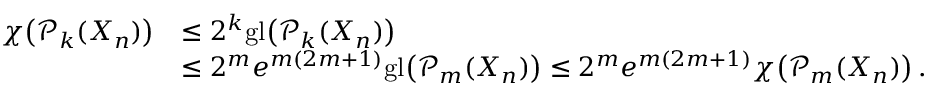
\begin{array} { r l } { \boldsymbol { \chi } \big ( \mathcal { P } _ { k } ( X _ { n } ) \big ) } & { \le 2 ^ { k } { \mathrm { g l } } \big ( \mathcal { P } _ { k } ( X _ { n } ) \big ) } \\ & { \le 2 ^ { m } e ^ { m ( 2 m + 1 ) } { \mathrm { g l } } \big ( \mathcal { P } _ { m } ( X _ { n } ) \big ) \le 2 ^ { m } e ^ { m ( 2 m + 1 ) } \boldsymbol { \chi } \big ( \mathcal { P } _ { m } ( X _ { n } ) \big ) \, . } \end{array}